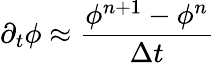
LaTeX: \partial_{t}\phi\approx\frac{\phi^{n+1}-\phi^{n}}{\Delta t}